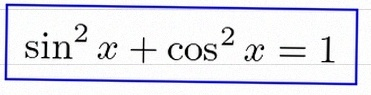
\sin^2x+\cos^2x=1